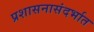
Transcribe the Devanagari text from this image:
प्रशासनासंदर्भात